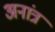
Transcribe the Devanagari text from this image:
अनांत्र